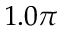
1 . 0 \pi